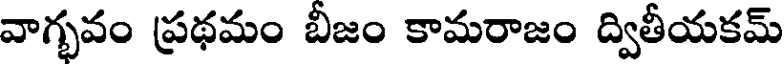
వాగ్భవం ప్రథమం బిజం కామరాజం ద్వితీయకమ్